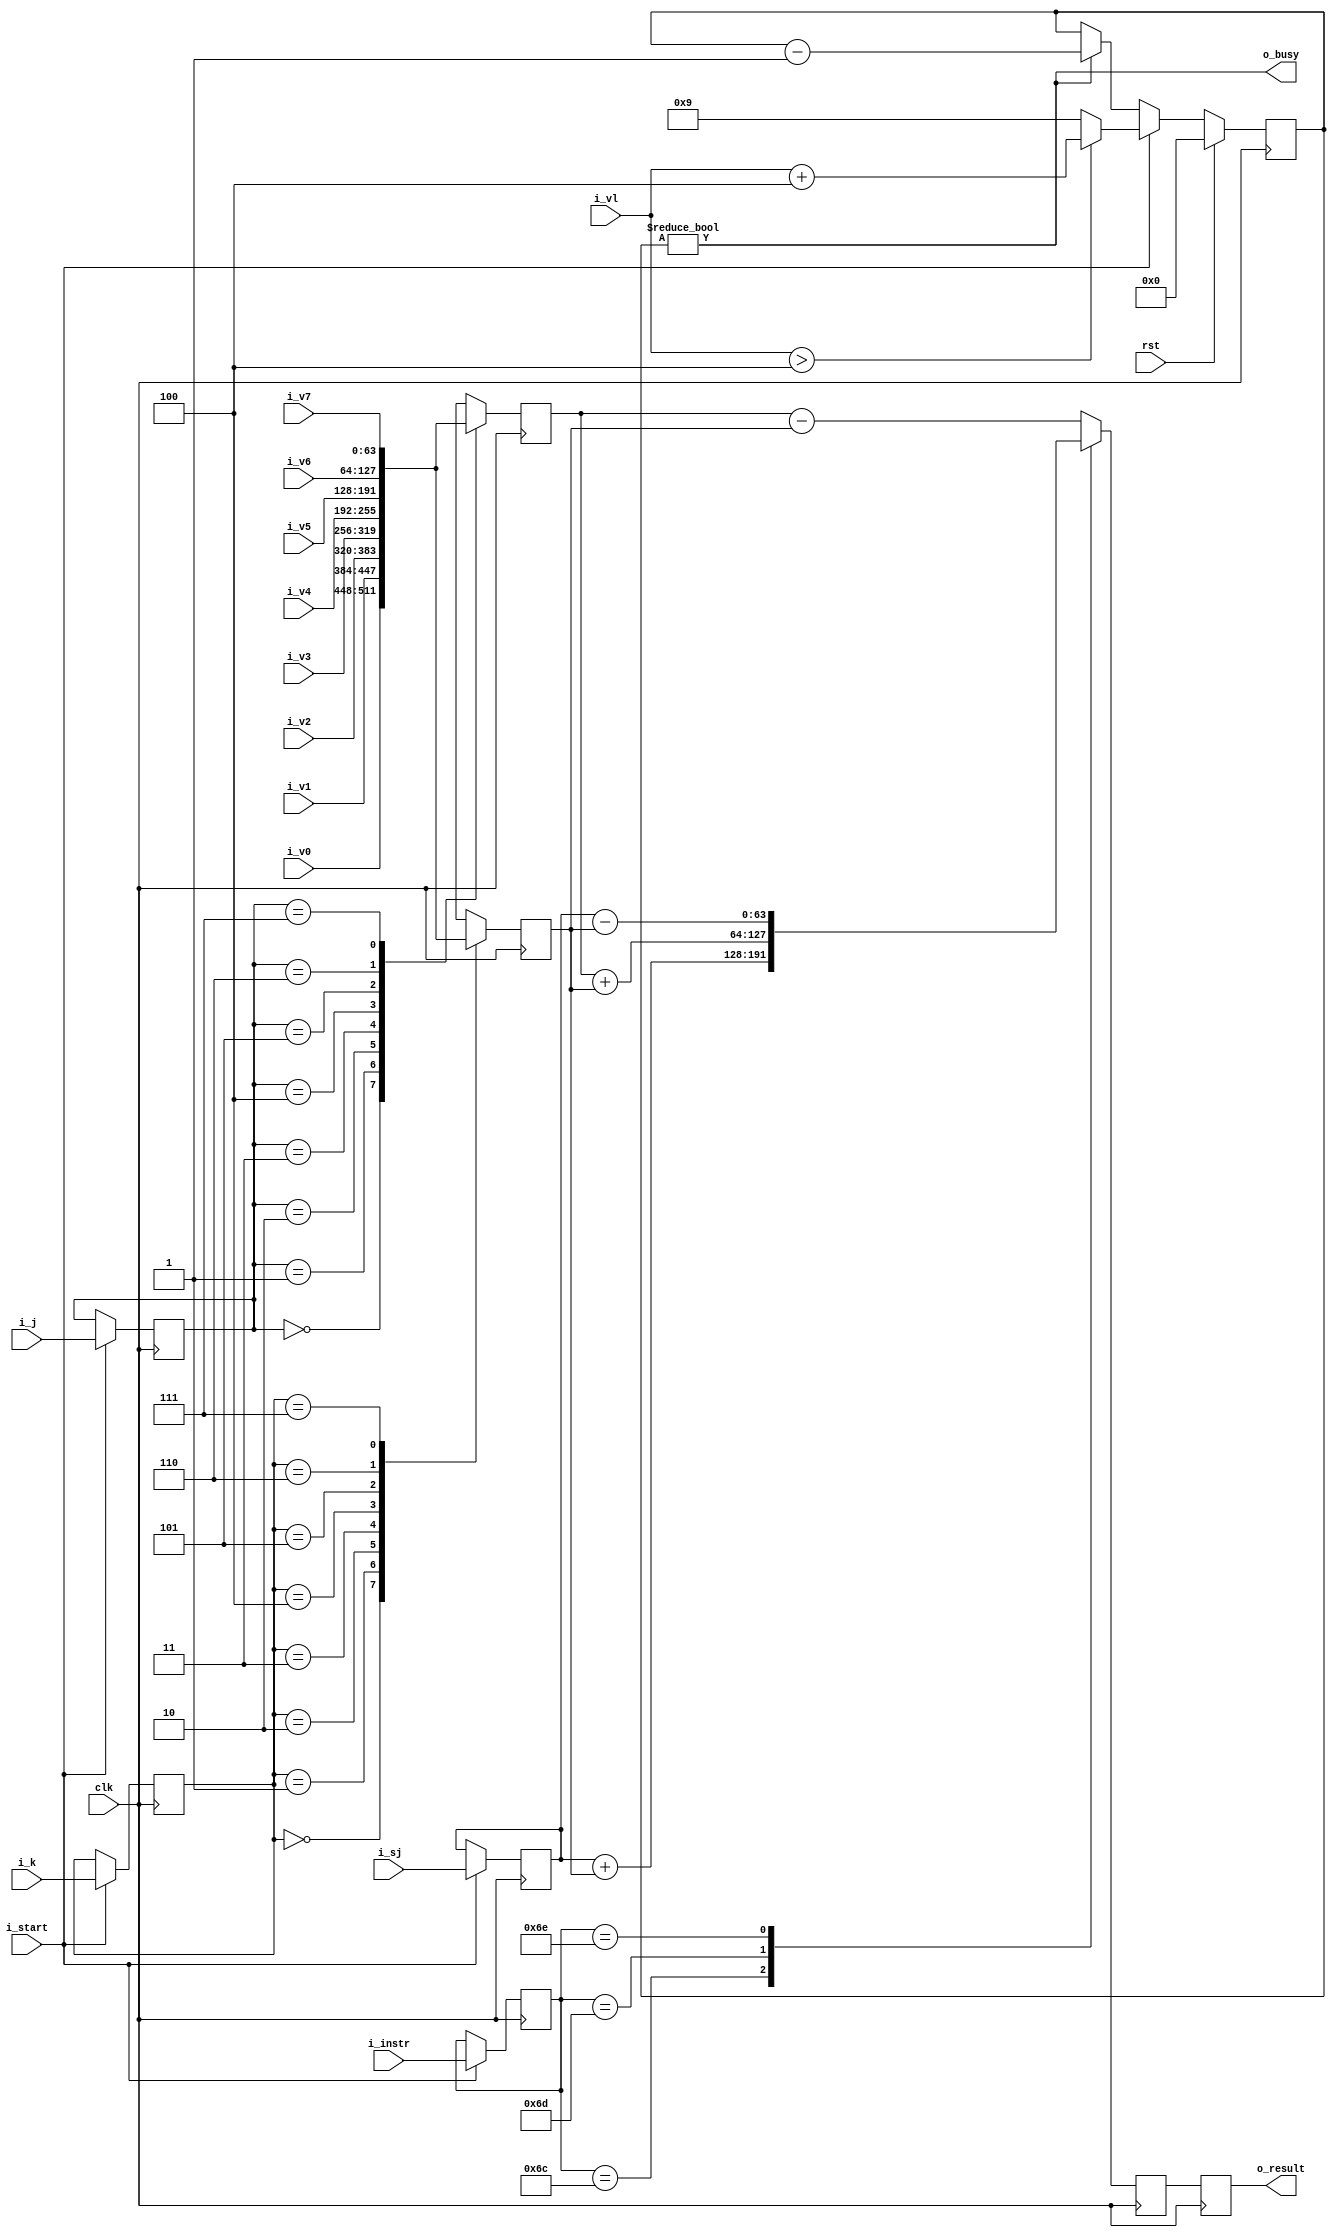
//******************************************
//       Vector ADD UNIT
//******************************************
//
//The functional time is 3 clock periods.

module vector_add(clk,i_start,rst,i_vl,i_sj,i_v0,i_v1,i_v2,i_v3,i_v4,i_v5,i_v6,i_v7,i_instr, i_j, i_k,o_result,o_busy);

input wire clk;
input wire        i_start;      //start an operation (sample i_sj)   - needs to pulse for 1 cycle when operation starts
input wire        rst;
input wire [6:0]  i_vl;
input wire [63:0] i_sj;      
input wire [63:0] i_v0;
input wire [63:0] i_v1;        
input wire [63:0] i_v2;
input wire [63:0] i_v3;
input wire [63:0] i_v4;
input wire [63:0] i_v5;
input wire [63:0] i_v6;
input wire [63:0] i_v7;
output reg [63:0] o_result;
output wire o_busy;
input wire [6:0] i_instr;
input wire [2:0] i_j;
input wire [2:0] i_k;

reg [6:0] instr;
reg [63:0] vk_0;   //operand 1 
reg [63:0] vj_0;   //operand 2
reg [63:0] sj_0;

reg [63:0] temp_result;
reg [63:0] comb_result;
reg [2:0] cur_j, cur_k;
wire [63:0] v_rd_data [7:0];
reg [6:0] reservation_time;

localparam SCAL_VEC_ADD = 7'b1101100,
           VEC_VEC_ADD  = 7'b1101101,
           SCAL_VEC_SUB = 7'b1101110,
           VEC_VEC_SUB  = 7'b1101111;

//Set up the reservation system so that we report when we're busy
assign o_busy = (reservation_time != 7'b0);
always@(posedge clk)
   if(rst)
	   reservation_time <= 7'b0;
   else if(i_start)
	   reservation_time <= (i_vl > 7'b0000100) ? (i_vl + 7'b0000100) : (7'b0000101 + 7'b0000100);
	else if(reservation_time != 7'b0)
	   reservation_time <= reservation_time - 7'b1;
		
assign v_rd_data[0] = i_v0;
assign v_rd_data[1] = i_v1;
assign v_rd_data[2] = i_v2;
assign v_rd_data[3] = i_v3;
assign v_rd_data[4] = i_v4;
assign v_rd_data[5] = i_v5;
assign v_rd_data[6] = i_v6;
assign v_rd_data[7] = i_v7;
always@(posedge clk)
   begin
      //grab new values
      vk_0[63:0] <= v_rd_data[cur_k];
      vj_0[63:0] <= v_rd_data[cur_j];
   if(i_start)           //a new operation is starting, sample the scalar input and instruction register
      begin
         instr[6:0] <= i_instr[6:0];
         sj_0       <= i_sj;
			cur_j      <= i_j;
			cur_k      <= i_k;
      end
   end

   
always@*
begin
   case(instr)
      SCAL_VEC_ADD: comb_result = sj_0 + vk_0;
      VEC_VEC_ADD : comb_result = vj_0 + vk_0;
      SCAL_VEC_SUB: comb_result = sj_0 - vk_0;
      default:      comb_result = vj_0 - vk_0;
   endcase
end
always@(posedge clk) begin 
   temp_result[63:0] <= comb_result;           //compute result
   o_result[63:0]    <= temp_result[63:0];     //just delay for an extra cycle
end

endmodule